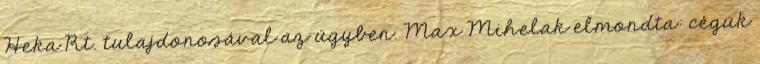
Heka Rt. tulajdonosával az ügyben. Max Mihelak elmondta: cégük